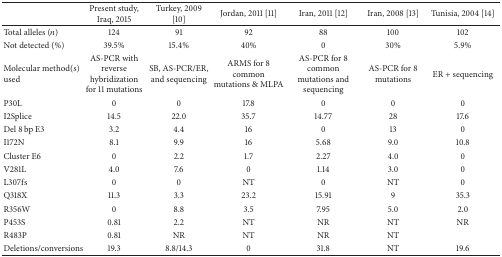
<table><thead><tr><td><b> </b></td><td><b>Present study, Iraq, 2015</b></td><td><b>Turkey, 2009 [10]</b></td><td><b>Jordan, 2011 [11]</b></td><td><b>Iran, 2011 [12]</b></td><td><b>Iran, 2008 [13]</b></td><td><b>Tunisia, 2004 [14]</b></td></tr></thead><tbody><tr><td>Total alleles (<i>n</i>)</td><td>124</td><td>91</td><td>92</td><td>88</td><td>100</td><td>102</td></tr><tr><td>Not detected (%)</td><td>39.5%</td><td>15.4%</td><td>40%</td><td>0</td><td>30%</td><td>5.9%</td></tr><tr><td>Molecular method(s) used</td><td>AS-PCR with reverse hybridization for 11 mutations</td><td>SB, AS-PCR/ER, and sequencing</td><td>ARMS for 8 common mutations &amp; MLPA</td><td>AS-PCR for 8 common mutations and sequencing</td><td>AS-PCR for 8 mutations</td><td>ER + sequencing</td></tr><tr><td>P30L</td><td>0</td><td>0</td><td>17.8</td><td>0</td><td>0</td><td>0</td></tr><tr><td>I2Splice</td><td>14.5</td><td>22.0</td><td>35.7</td><td>14.77</td><td>28</td><td>17.6</td></tr><tr><td>Del 8 bp E3</td><td>3.2</td><td>4.4</td><td>16</td><td>0</td><td>13</td><td>0</td></tr><tr><td>I172N</td><td>8.1</td><td>9.9</td><td>16</td><td>5.68</td><td>9.0</td><td>10.8</td></tr><tr><td>Cluster E6</td><td>0</td><td>2.2</td><td>1.7</td><td>2.27</td><td>4.0</td><td>0</td></tr><tr><td>V281L</td><td>4.0</td><td>7.6</td><td>0</td><td>1.14</td><td>3.0</td><td>0</td></tr><tr><td>L307fs</td><td>0</td><td>0</td><td>NT</td><td>0</td><td>NT</td><td>0</td></tr><tr><td>Q318X</td><td>11.3</td><td>3.3</td><td>23.2</td><td>15.91</td><td>9</td><td>35.3</td></tr><tr><td>R356W</td><td>0</td><td>8.8</td><td>3.5</td><td>7.95</td><td>5.0</td><td>2.0</td></tr><tr><td>P453S</td><td>0.81</td><td>2.2</td><td>NT</td><td>NR</td><td>NT</td><td>NR</td></tr><tr><td>R483P</td><td>0.81</td><td>NR</td><td>NT</td><td>NR</td><td>NT</td><td> </td></tr><tr><td>Deletions/conversions</td><td>19.3</td><td>8.8/14.3</td><td>0</td><td>31.8</td><td>NT</td><td>19.6</td></tr></tbody></table>